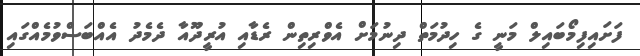
ފަށައިފިމޯބައިލް މަނީ ގެ ހިދުމަތް ދިނުމަށް އެވްރިތިން ރެޑާއި އުރީދޫއާ ދެމެދު އެއްބަސްވުމެއްގައި